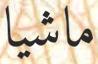
ماشيا